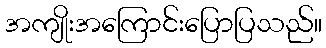
အကျိုးအကြောင်းပြောပြသည်။